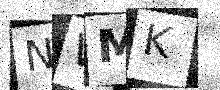
Text: NWMK